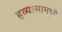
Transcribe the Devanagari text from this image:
हव्यासामध्ये